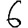
Digit: 6